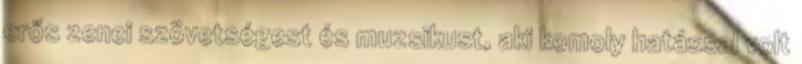
erős zenei szövetségest és muzsikust, aki komoly hatással volt